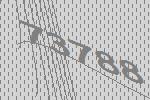
73788